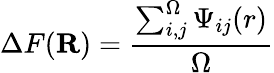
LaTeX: \Delta F(\mathbf{R})=\frac{\sum_{i,j}^{\Omega}\Psi_{ij}(r)}{\Omega}